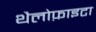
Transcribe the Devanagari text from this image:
थैलोफ़ाइटा